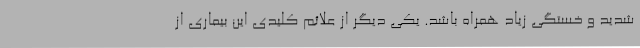
شدید و خستگی زیاد همراه باشد. یکی دیگر از علائم کلیدی این بیماری از